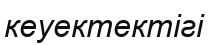
кеуектектігі